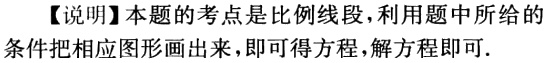
【说明】本题的考点是比例线段，利用题中所给的条件把相应图形画出来，即可得方程，解方程即可.